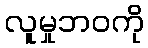
လူမှုဘဝကို